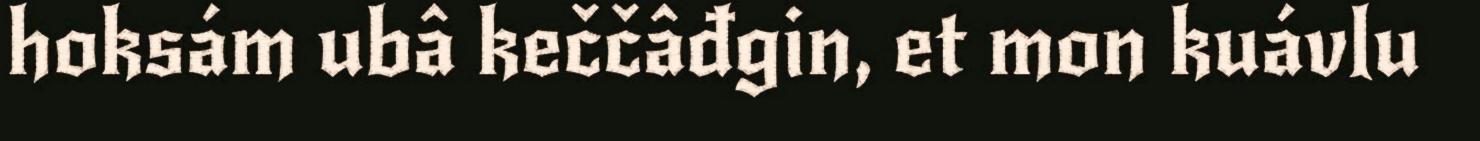
hoksám ubâ keččâđgin, et mon kuávlu